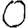
Digit: 0